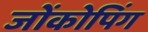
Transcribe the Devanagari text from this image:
जोंकोपिंग